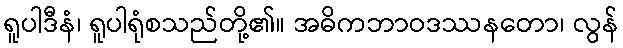
ရူပါဒီနံ၊ ရူပါရုံစသည်တို့၏။ အဓိကဘာဝဒဿနတော၊ လွန်